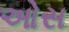
ઓસ